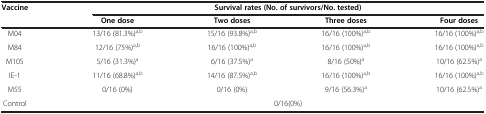
<table><thead><tr><td rowspan="2"><b>Vaccine</b></td><td colspan="4"><b>Survival rates (No. of survivors/No. tested)</b></td></tr><tr><td><b>One dose</b></td><td><b>Two doses</b></td><td><b>Three doses</b></td><td><b>Four doses</b></td></tr></thead><tbody><tr><td>M04</td><td>13/16 (81.3%)<sup>a,b</sup></td><td>15/16 (93.8%)<sup>a,b</sup></td><td>16/16 (100%)<sup>a,b</sup></td><td>16/16 (100%)<sup>a,b</sup></td></tr><tr><td>M84</td><td>12/16 (75%)<sup>a,b</sup></td><td>16/16 (100%)<sup>a,b</sup></td><td>16/16 (100%)<sup>a,b</sup></td><td>16/16 (100%)<sup>a,b</sup></td></tr><tr><td>M105</td><td>5/16 (31.3%)<sup>a</sup></td><td>6/16 (37.5%)<sup>a</sup></td><td>8/16 (50%)<sup>a</sup></td><td>10/16 (62.5%)<sup>a</sup></td></tr><tr><td>IE-1</td><td>11/16 (68.8%)<sup>a,b</sup></td><td>14/16 (87.5%)<sup>a,b</sup></td><td>16/16 (100%)<sup>a,b</sup></td><td>16/16 (100%)<sup>a,b</sup></td></tr><tr><td>M55</td><td>0/16 (0%)</td><td>0/16 (0%)</td><td>9/16 (56.3%)<sup>a</sup></td><td>10/16 (62.5%)<sup>a</sup></td></tr><tr><td>Control</td><td colspan="4">0/16(0%)</td></tr></tbody></table>